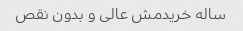
ساله خریدمش عالی و بدون نقص